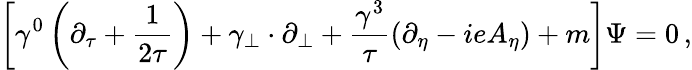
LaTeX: \left[\gamma^{0}\left(\partial_{\tau}+{\frac{1}{2\tau}}\right)+{\mathbf\gamma}_{\perp}\cdot\partial_{\perp}+{\frac{\gamma^{3}}{\tau}}(\partial_{\eta}-ieA_{\eta})+m\right]\Psi=0\, ,